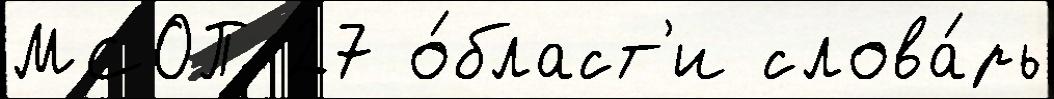
МСОП 27 о́бласт'и слова́рь